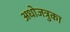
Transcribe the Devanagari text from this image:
अधोजत्रुका